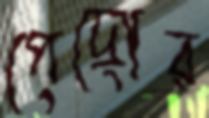
পেদ্রোর